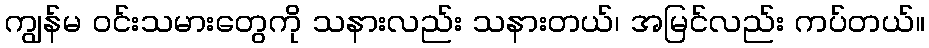
ကျွန်မ ဝင်းသမားတွေကို သနားလည်း သနားတယ်၊ အမြင်လည်း ကပ်တယ်။